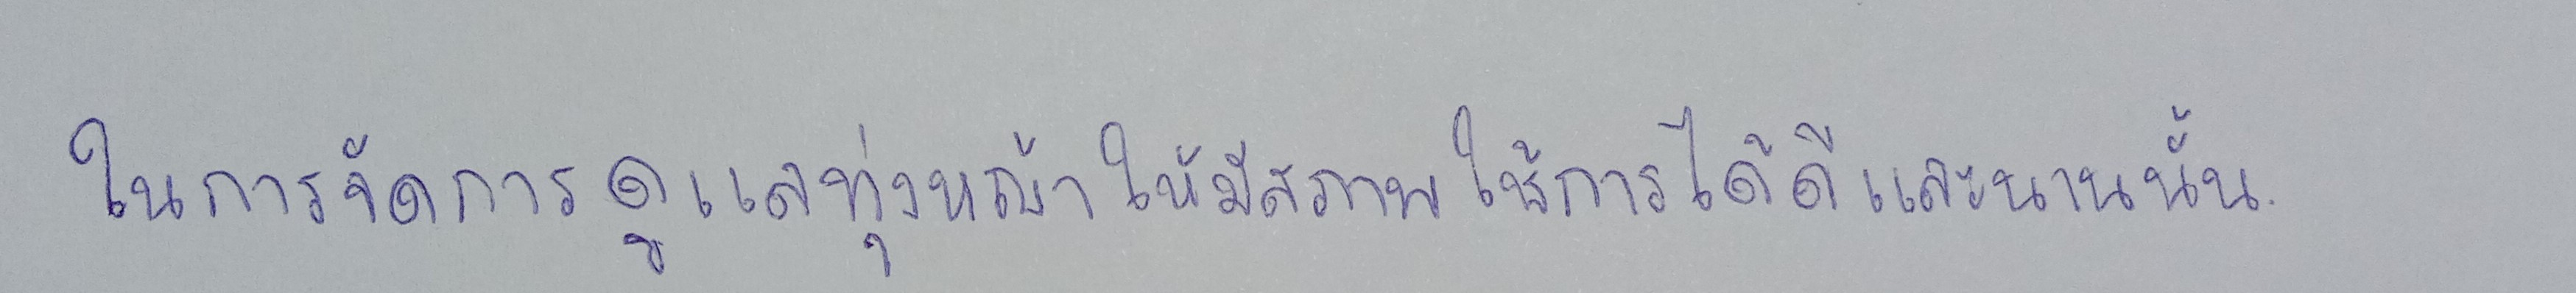
ในการจัดการดูแลทุ่งหญ้าให้มีสภาพใช้การได้ดีและนานนั้น